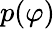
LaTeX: p(\varphi)